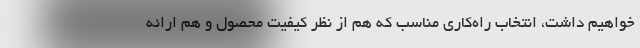
خواهیم داشت، انتخاب راه‌کاری مناسب که هم از نظر کیفیت محصول و هم ارائه